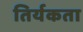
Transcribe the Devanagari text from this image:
तिर्यकता